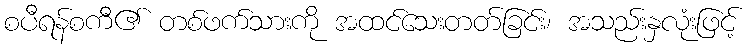
စပီရန်စကီ၏ တစ်ဖက်သားကို အထင်သေးတတ်ခြင်း၊ အသည်းနှလုံးဖြင့်